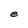
Character: e